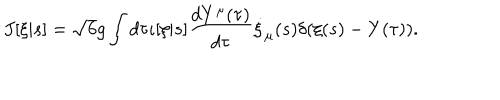
LaTeX: J [ \xi | s ] = \sqrt { 6 } g \int d \tau \iota [ \xi | s ] \frac { d Y ^ { \mu } ( \tau ) } { d \tau } \dot { \xi } _ { \mu } ( s ) \delta ( \xi ( s ) - Y ( \tau ) ) .